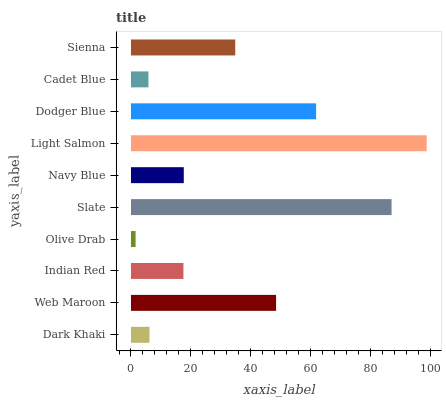
| yaxis_label | bars |
 | --- | --- |
 | Dark Khaki | 6.2 |
 | Web Maroon | 48.5 |
 | Indian Red | 17.5 |
 | Olive Drab | 1.54 |
 | Slate | 87.1 |
 | Navy Blue | 17.7 |
 | Light Salmon | 98.9 |
 | Dodger Blue | 61.9 |
 | Cadet Blue | 5.83 |
 | Sienna | 34.9 |